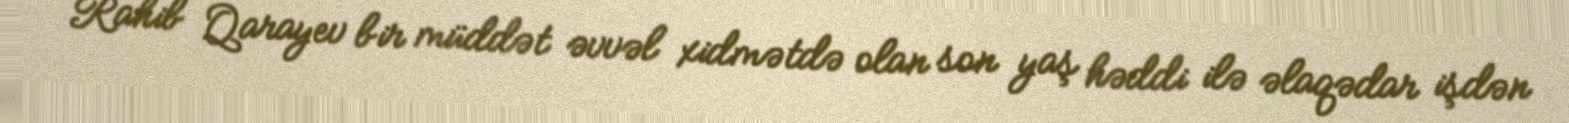
Rahib Qarayev bir müddət əvvəl xidmətdə olan son yaş həddi ilə əlaqədar işdən